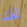
لقد